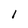
Character: 1